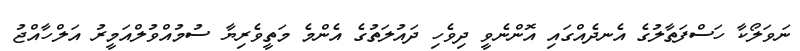
ނަވަލޯކާ ހަސްފަތާލުގެ އެނދެއްގައި އޮންނެވީ ދިވެހި ދައުލަތުގެ އެންމެ މަތީވެރިޔާ ސުމުއްވުލްއަމީރު އަލްހާއްޖު